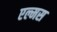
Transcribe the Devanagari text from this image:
एल्मस